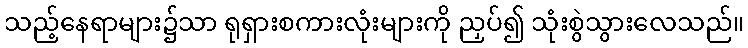
သည့်နေရာများ၌သာ ရုရှားစကားလုံးများကို ညှပ်၍ သုံးစွဲသွားလေသည်။